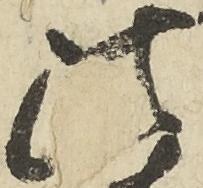
法